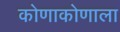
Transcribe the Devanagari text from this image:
कोणाकोणाला